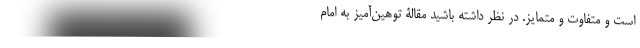
است و متفاوت و متمایز. در نظر داشته باشید مقالۀ توهین‌آمیز به امام